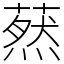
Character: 䔳